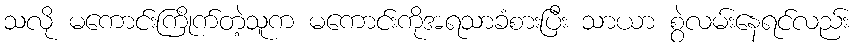
သလို မကောင်းကြိုက်တဲ့သူက မကောင်းကိုအရသာခံစားပြီး သာယာ စွဲလမ်းနေရင်လည်း